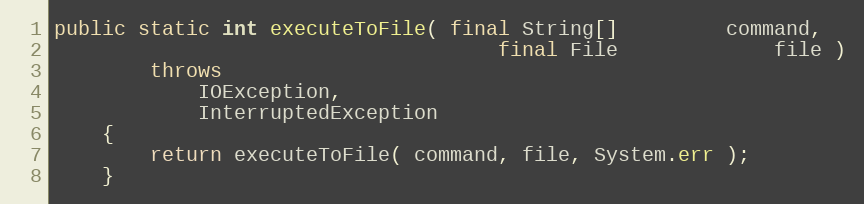
Language: Java
public static int executeToFile( final String[]         command,
                                     final File             file )
        throws
            IOException,
            InterruptedException
    {
        return executeToFile( command, file, System.err );
    }